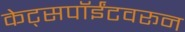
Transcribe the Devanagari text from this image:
केट्सपॉईंटवरून